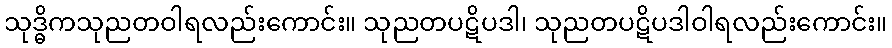
သုဒ္ဓိကသုညတဝါရလည်းကောင်း။ သုညတပဋိပဒါ၊ သုညတပဋိပဒါဝါရလည်းကောင်း။